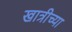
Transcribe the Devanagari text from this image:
खात्रीच्या